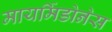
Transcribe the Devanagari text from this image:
मायर्मिडोनेस